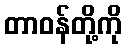
တာဝန်တို့ကို